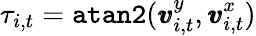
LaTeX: \tau_{i,t}=\texttt{atan2}(\pmb{v}_{i,t}^{y},\pmb{v}_{i,t}^{x})